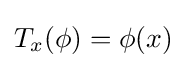
T_{x}(\phi )=\phi (x)